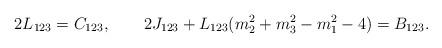
LaTeX: \begin{align*}2L_{123}=C_{123},\qquad2J_{123}+L_{123}(m_2^2+m_3^2-m_1^2-4)=B_{123}.\end{align*}